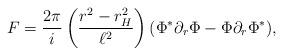
LaTeX: \begin{align*}F=\frac{2\pi}{i}\left(\frac{r^2-r_H^2}{\ell^2}\right)(\Phi^*\partial_r\Phi-\Phi\partial_r\Phi^*),\end{align*}